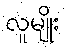
လူမျိုး